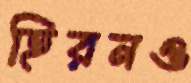
হিরনও